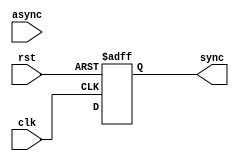
module Multi_Flop_Synchronizer #(
    parameter NUM_STAGES =2 
) (
    input  wire  async,
    input  wire  clk  ,
    input  wire  rst  ,
    output reg   sync
);
reg [NUM_STAGES-2:0] Q  ;
    always @(posedge clk or negedge rst) begin
        if (!rst) begin
            {sync,Q}<='b0;
        end else begin
            {sync,Q}<={Q[NUM_STAGES-2],Q[NUM_STAGES-3:0],async};
        end
    end

endmodule
module Multi_Flop_Synchronizer_Multi_bits #(
    parameter NUM_STAGES =2,BUS_WIDTH=5
) (
    input  wire [BUS_WIDTH-1:0] ASYNC,
    input  wire  CLK  ,
    input  wire  RST  ,
    output wire  [BUS_WIDTH-1:0] SYNC
);
genvar i;

    generate
        for (i =0 ;i<=BUS_WIDTH-1; i=i+1 ) begin
            Multi_Flop_Synchronizer #(.NUM_STAGES(NUM_STAGES)) u0  (.async(ASYNC[i]),.clk(CLK),.rst(RST),.sync(SYNC[i])) ;
        end

    endgenerate
        

endmodule